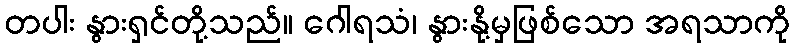
တပါး နွားရှင်တို့သည်။ ဂေါရသံ၊ နွားနို့မှဖြစ်သော အရသာကို